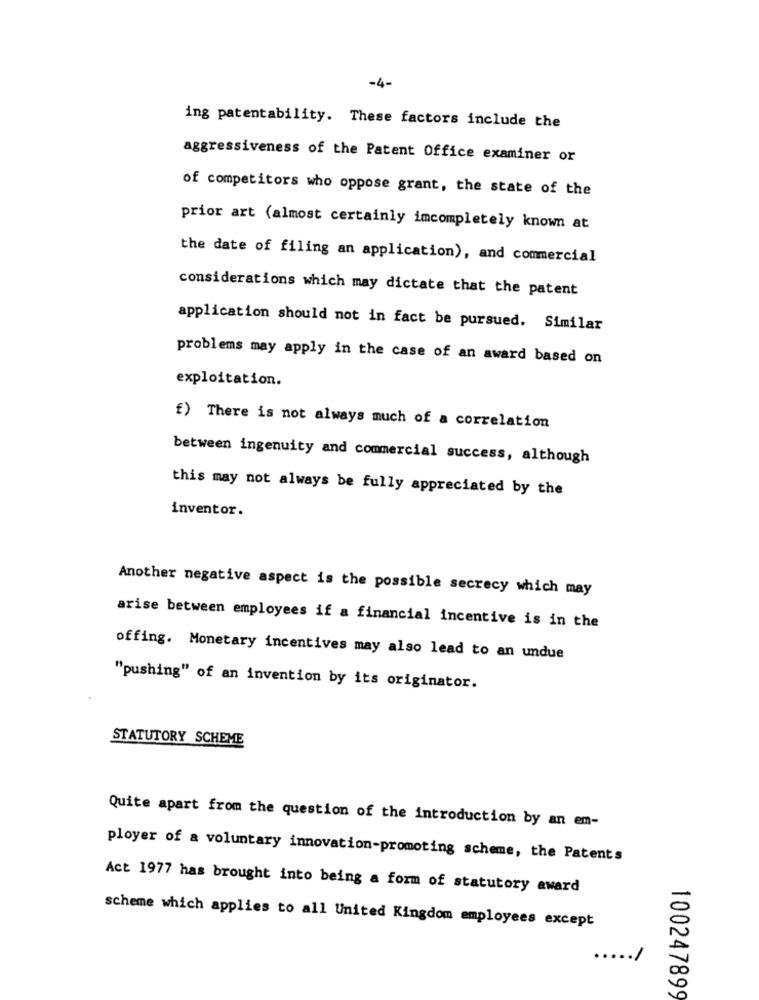
-4-
ing patentability. These factors include the
aggressiveness of the Patent Office examiner or
of competitors who oppose grant, the state of the
prior art (almost certainly imcompletely known at
the date of filing an application), and commercial
considerations which may dictate that the patent
application should not in fact be pursued. Similar
problems may apply in the case of an award based on
exploitation.
f) There is not always much of a correlation
between ingenuity and commercial success, although
this may not always be fully appreciated by the
inventor.
Another negative aspect is the possible secrecy which may
arise between employees if a financial incentive is in the
offing. Monetary incentives may also lead to an undue
"pushing" of an invention by its originator.
STATUTORY SCHEME
Quite apart from the question of the introduction by an em-
ployer of a voluntary innovation-promoting scheme, the Patents
Act 1977 has brought into being a form of statutory award
scheme which applies to all United Kingdom employees except
.1
100247899